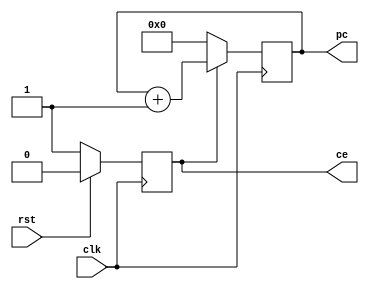
//2.7
module pc_reg(
    input wire clk,
    input wire rst,
    output reg [5:0] pc,
    output reg ce
);
always@ (posedge clk)
begin
    if (rst == 1'b1) 
        ce <= 0;
    else
        ce <= 1'b1;
end
always@ (posedge clk)
begin
    if (ce == 1'b0)
        pc <= 0;
    else 
        pc <= pc + 6'b1;
end
endmodule